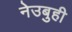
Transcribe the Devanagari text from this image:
नेउबुही